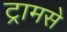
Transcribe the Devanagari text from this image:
ट्रामसे